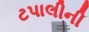
ટપાલીની